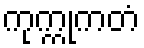
ကုက္ကုကတံ